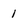
Character: 1